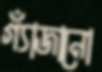
গ্যাঁজানো